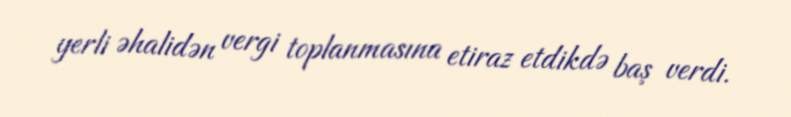
yerli əhalidən vergi toplanmasına etiraz etdikdə baş verdi.